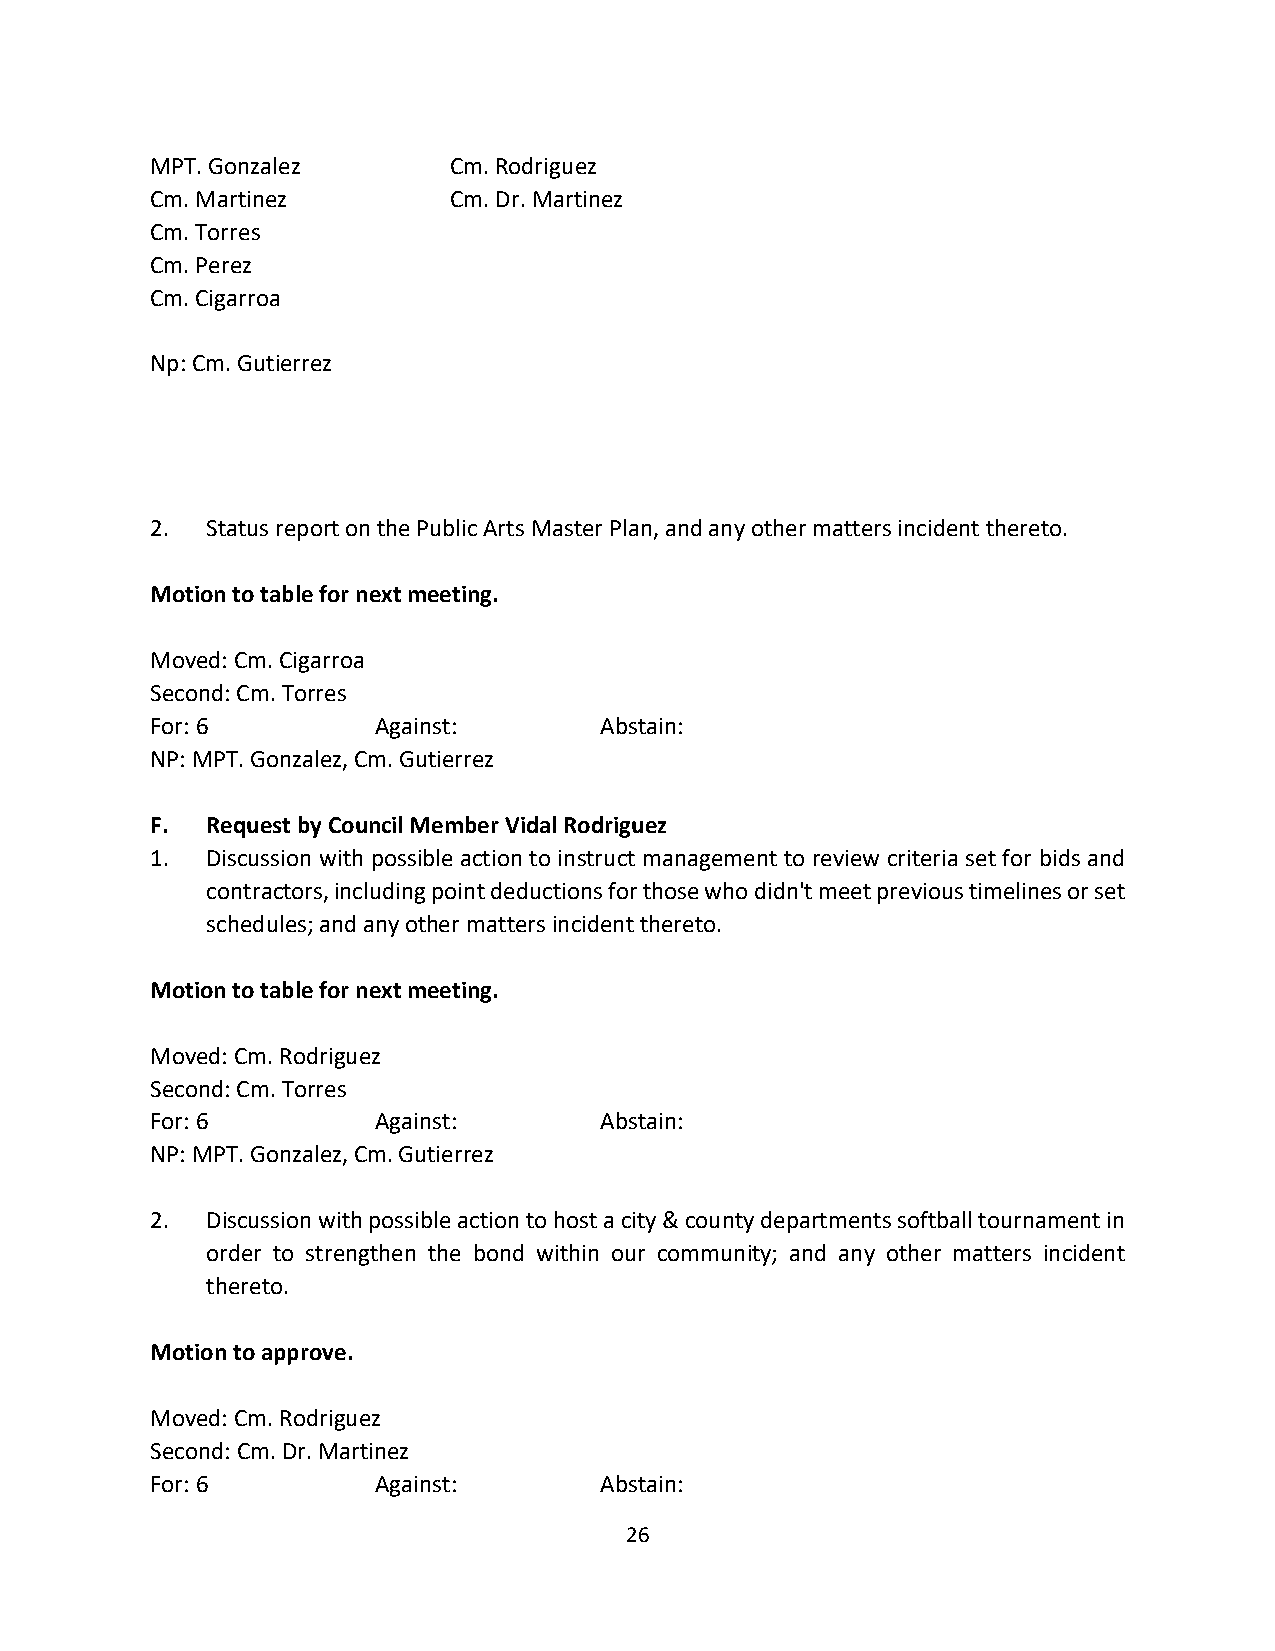
MPT. Gonzalez       Cm. Rodriguez
 Cm. Martinez        Cm. Dr. Martinez
 Cm. Torres
 Cm. Perez
 Cm. Cigarroa
 Np: Cm. Gutierrez
 2.  Status report on the Public Arts Master Plan, and any other matters incident thereto.
 Motion to table for next meeting.
 Moved: Cm. Cigarroa
 Second: Cm. Torres
 For: 6         Against:       Abstain:
 NP: MPT. Gonzalez, Cm. Gutierrez
 F.  Request by Council Member Vidal Rodriguez
 1.  Discussion with possible action to instruct management to review criteria set for bids and
 contractors, including point deductions for those who didn't meet previous timelines or set
 schedules; and any other matters incident thereto.
 Motion to table for next meeting.
 Moved: Cm. Rodriguez
 Second: Cm. Torres
 For: 6         Against:       Abstain:
 NP: MPT. Gonzalez, Cm. Gutierrez
 2.  Discussion with possible action to host a city & county departments softball tournament in
 order to strengthen the bond within our community; and any other matters incident
 thereto.
 Motion to approve.
 Moved: Cm. Rodriguez
 Second: Cm. Dr. Martinez
 For: 6         Against:       Abstain:
 26